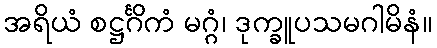
အရိယံ စဋ္ဌင်္ဂိကံ မဂ္ဂံ၊ ဒုက္ခူပသမဂါမိနံ။